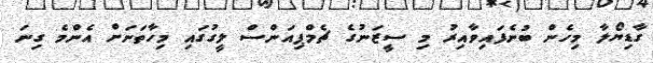
ގާޑިޔޯލާ މިހެން ބުނެފައިވާއިރު މި ސީޒަނުގެ ޗެމްޕިއަންސް ލީގުގައި މިހާތަނަށް އެންމެ ގިނަ